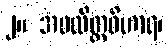
၂။ အဝလိတ္တဝိဟာရ၊